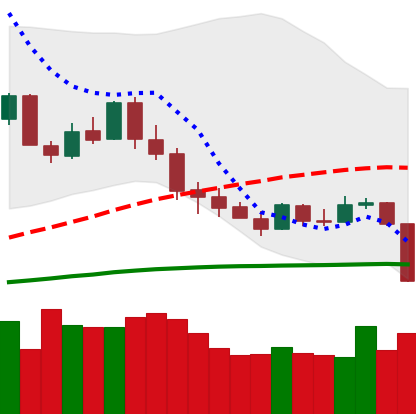
Ticker: XMR-USD
Chart end date: 2020-03-08
Forward return: -34.656%
Label: down_7plus